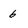
Character: 6